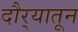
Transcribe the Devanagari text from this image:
दौर्‍यातून